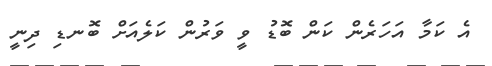
އެ ކަމާ އަހަރެން ކަން ބޮޑު ވީ ވަރުން ކަލެއަށް ބޮނޑި ދިނީ